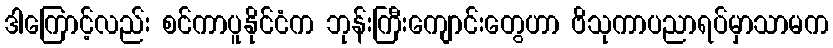
ဒါကြောင့်လည်း စင်ကာပူနိုင်ငံက ဘုန်းကြီးကျောင်းတွေဟာ ဗိသုကာပညာရပ်မှာသာမက